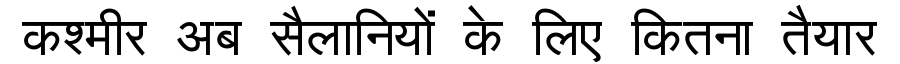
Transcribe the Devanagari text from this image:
कश्मीर अब सैलानियों के लिए कितना तैयार